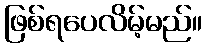
ဖြစ်ရပေလိမ့်မည်။